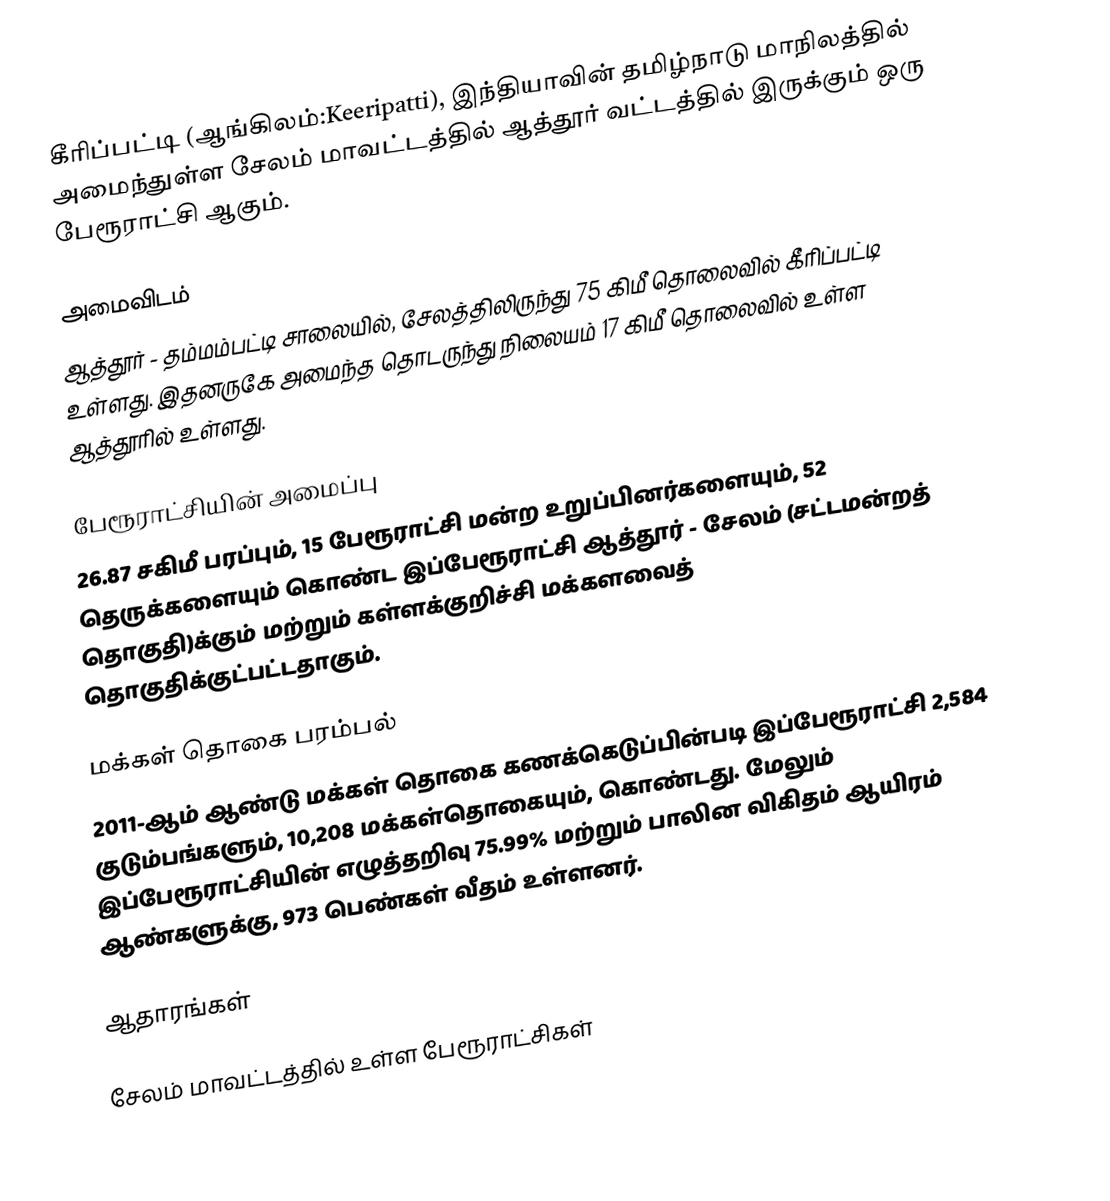
கீரிப்பட்டி (ஆங்கிலம்:Keeripatti), இந்தியாவின் தமிழ்நாடு மாநிலத்தில் அமைந்துள்ள சேலம் மாவட்டத்தில் ஆத்தூர் வட்டத்தில் இருக்கும் ஒரு பேரூராட்சி ஆகும்.

அமைவிடம்
ஆத்தூர் - தம்மம்பட்டி சாலையில், சேலத்திலிருந்து 75 கிமீ தொலைவில் கீரிப்பட்டி உள்ளது. இதனருகே அமைந்த தொடருந்து நிலையம் 17 கிமீ தொலைவில் உள்ள ஆத்தூரில் உள்ளது.

பேரூராட்சியின் அமைப்பு
26.87 சகிமீ பரப்பும், 15  பேரூராட்சி மன்ற உறுப்பினர்களையும், 52 தெருக்களையும்  கொண்ட இப்பேரூராட்சி ஆத்தூர் - சேலம் (சட்டமன்றத் தொகுதி)க்கும் மற்றும் கள்ளக்குறிச்சி மக்களவைத் தொகுதிக்குட்பட்டதாகும்.

மக்கள் தொகை பரம்பல்
2011-ஆம் ஆண்டு மக்கள் தொகை கணக்கெடுப்பின்படி  இப்பேரூராட்சி  2,584    குடும்பங்களும், 10,208 மக்கள்தொகையும், கொண்டது. மேலும் இப்பேரூராட்சியின் எழுத்தறிவு  75.99%    மற்றும்  பாலின விகிதம் ஆயிரம் ஆண்களுக்கு, 973 பெண்கள் வீதம் உள்ளனர்.

ஆதாரங்கள்

சேலம் மாவட்டத்தில் உள்ள பேரூராட்சிகள்